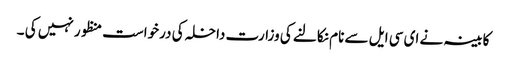
کابینہ نے ای سی ایل سے نام نکالنے کی وزارت داخلہ کی درخواست منظور نہیں کی ۔